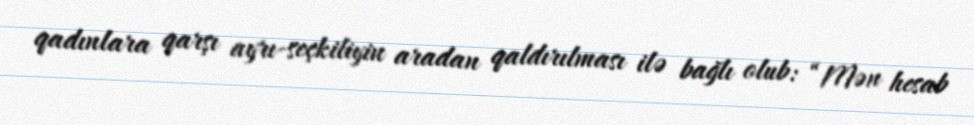
qadınlara qarşı ayrı-seçkiliyin aradan qaldırılması ilə bağlı olub: “Mən hesab